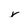
Character: r